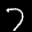
Label: 7